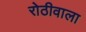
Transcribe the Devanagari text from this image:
रोठीवाला